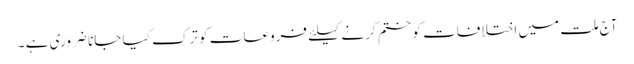
آج ملت میں اختلافات کو ختم کرنے کیلئے فروعات کو ترک کیا جانا ضروری ہے ۔